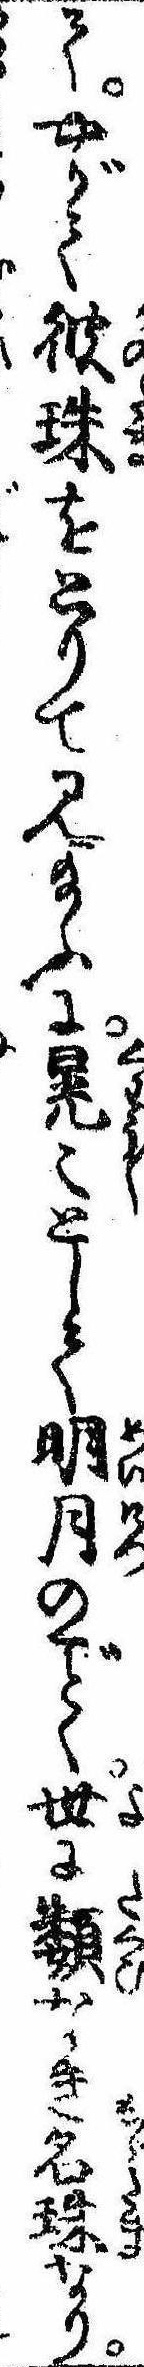
てやがて彼珠をとりて見給ふに晃〻として明月のく世に類なき名珠なり